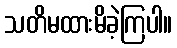
သတိမထားမိခဲ့ကြပါ။